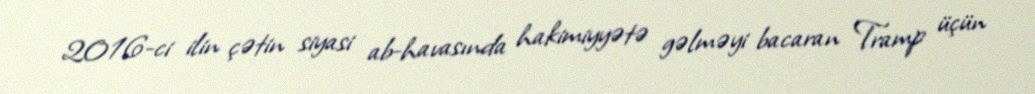
2016-ci ilin çətin siyasi ab-havasında hakimiyyətə gəlməyi bacaran Tramp üçün